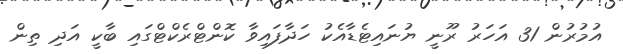
އުމުރުން 31 އަހަރު ރޫނީ ޔުނައިޓެޑާއެކު ހަދާފައިވާ ކޮންޓްރެކްޓްގައި ބާކީ އަދި ތިން